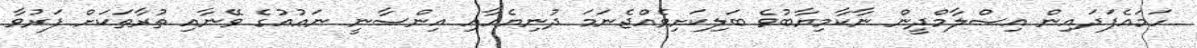
ހަމައެފަދައިން އިސްލާމްދީން ނާކާމިޔާބުވެ ބަލިކަށިވެއްޖެނަމަ ދުނިޔެއާއި އިންސާނީ ނަޢުއުގެ ވޭނާއި ތުރާތަކަށް ފަރުވާ